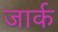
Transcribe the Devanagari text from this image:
जार्क